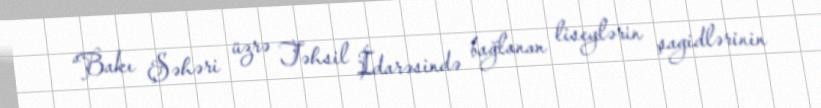
“Bakı Şəhəri üzrə Təhsil İdarəsində bağlanan liseylərin şagidlərinin